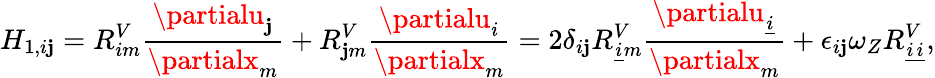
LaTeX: H_{1,i\mathbf{j}}=R_{im}^{V}\frac{{\partialu_{\mathbf{j}}}}{{\partialx_{m}}}+R_{\mathbf{j}m}^{V}\frac{{\partialu_{i}}}{{\partialx_{m}}}=2\delta_{i\mathbf{j}}R_{\underline{{{i}}}m}^{V}\frac{{\partialu_{\underline{{{i}}}}}}{{\partialx_{m}}}+\epsilon_{i\mathbf{j}}\omega_{Z}R_{\underline{{{i}}}\underline{{{i}}}}^{V},